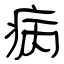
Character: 病